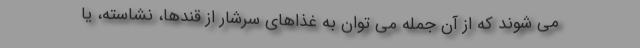
می شوند که از آن جمله می توان به غذاهای سرشار از قندها، نشاسته، یا